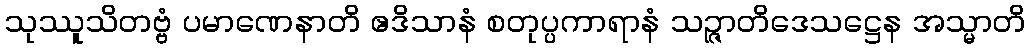
သုဿူသိတဗ္ဗံ ပမာဏေနာတိ ဧဒိသာနံ စတုပ္ပကာရာနံ သဉ္ဇာတိဒေသဋ္ဌေန အသ္မာတိ